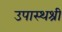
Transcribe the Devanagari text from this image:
उपास्थश्री